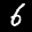
Label: 6